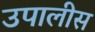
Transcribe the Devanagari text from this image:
उपालीस